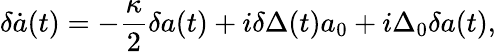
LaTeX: {\delta\dot{a}(t)}=-\frac{\kappa}{2}\delta a(t)+i\delta\Delta(t)a_{0}+i\Delta_{0}\delta a(t),